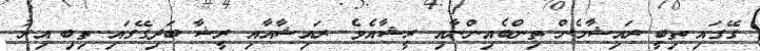
ގޭގައި ތިބީ ރައިޝާމެން ތިންބެއިންނާއި ރީޝާއެވެ. ރައިޝާއާއި ރީޝާ ބަދިގޭގައި ތިބި އިރު